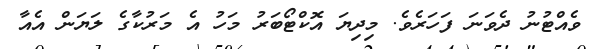
ވެއްޓުނު ދެވަނަ ފަހަރެވެ. މިދިޔަ އޮކްޓޯބަރު މަހު އެ މަރުކާގެ ލަޔަން އެއާ